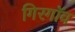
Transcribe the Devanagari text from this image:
गिरगॉव